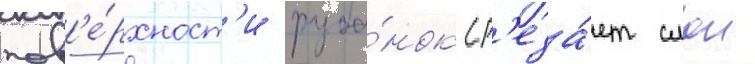
пов'е́рхност'и руба́нок ср'еза́ет слои